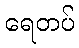
ရေတပ်